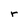
Character: r